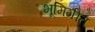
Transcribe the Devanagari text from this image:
भूमिगीत